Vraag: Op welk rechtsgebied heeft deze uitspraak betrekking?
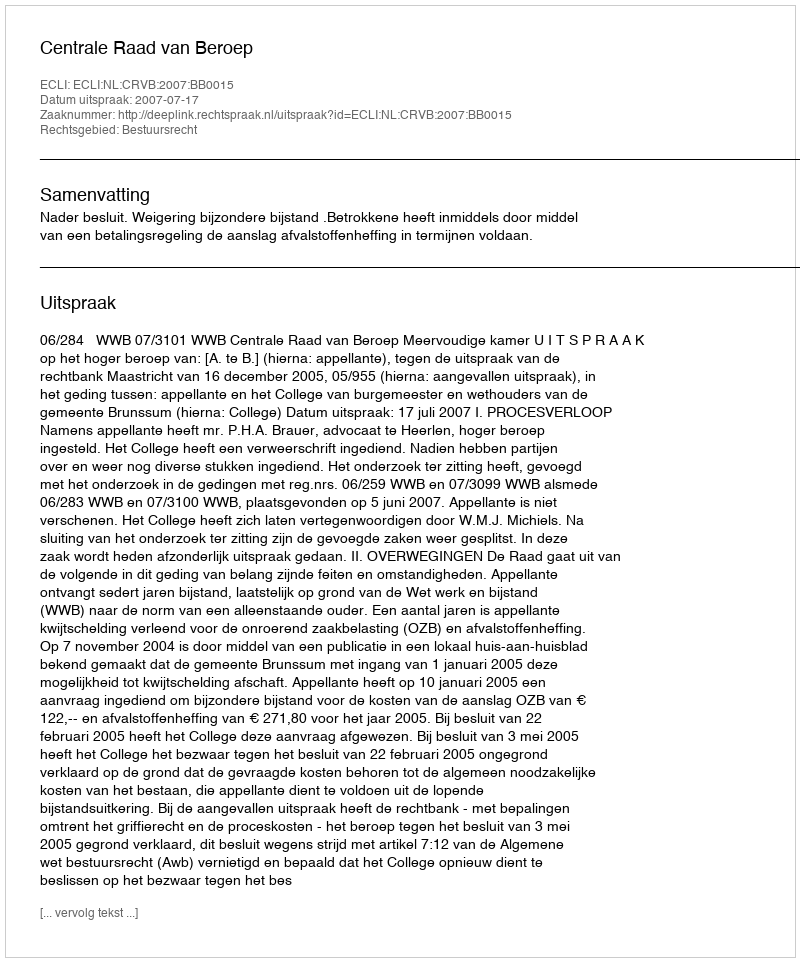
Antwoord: Bestuursrecht